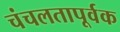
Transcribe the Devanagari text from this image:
चंचलतापूर्वक